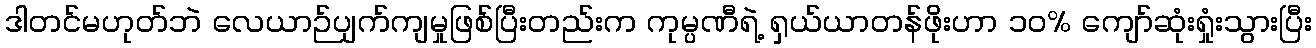
ဒါတင်မဟုတ်ဘဲ လေယာဉ်ပျက်ကျမှုဖြစ်ပြီးတည်းက ကုမ္ပဏီရဲ့ ရှယ်ယာတန်ဖိုးဟာ ၁၀% ကျော်ဆုံးရှုံးသွားပြီး